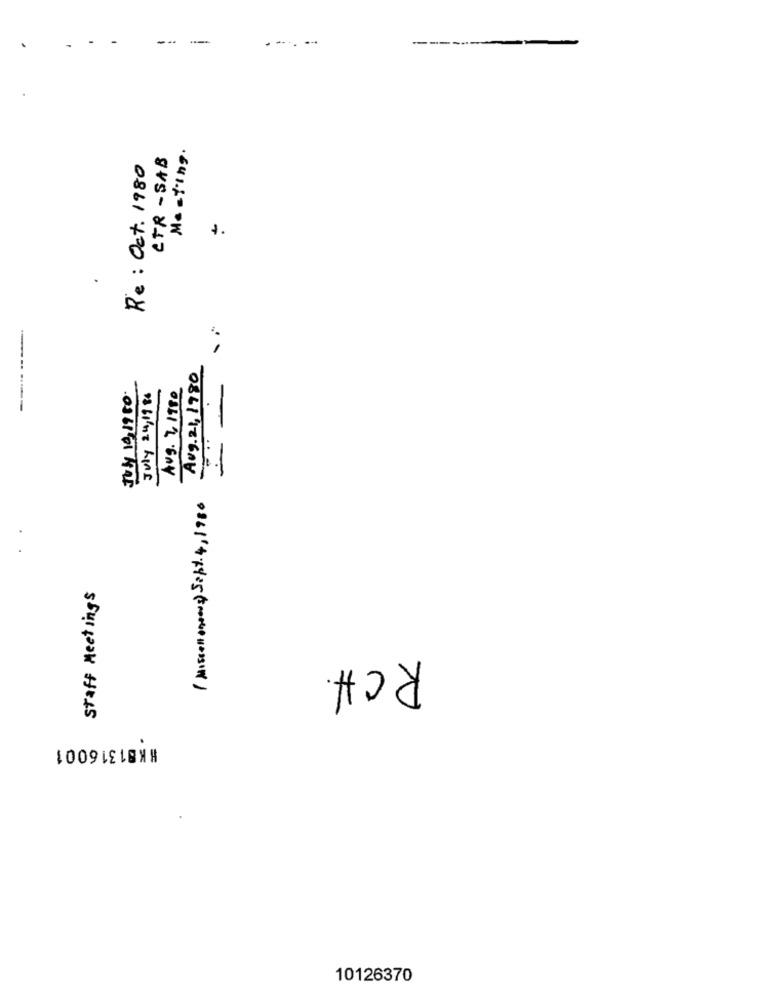
-
--
--- -
----
.
CTR - SAB
Re : Oct. 1980
.641.6- PW
Aug. 21, 1980
Aug. ZITTO
-----
.0361 01 HAE
Staff Meetings
RCH.
#KB1316001
10126370